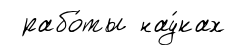
рабо́ты нау́ках